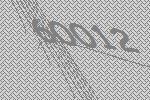
60012